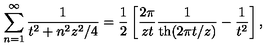
\sum _ { n = 1 } ^ { \infty } \frac { 1 } { t ^ { 2 } + n ^ { 2 } z ^ { 2 } / 4 } = \frac 1 2 \left[ \frac { 2 \pi } { z t } \frac { 1 } { \mathrm { t h } ( 2 \pi t / z ) } - \frac { 1 } { t ^ { 2 } } \right] ,